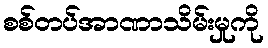
စစ်တပ်အာဏာသိမ်းမှုကို